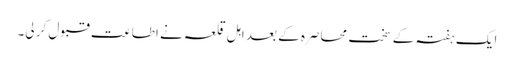
ایک ہفتہ کے سخت محاصرہ کے بعد اہل قلعہ نے اطاعت قبول کر لی۔